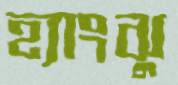
হ্যাংঝু